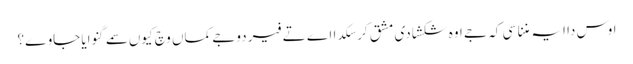
اوس دا ایہ مننا سی کہ جے اوہ شکشا دی مشق کر سکدا اے تے فیر دوجے کماں وچ کیوں سمے گنوایا جاوے؟